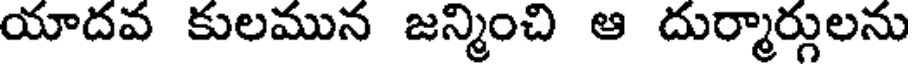
యాదవ కులమున జన్మించి ఆ దుర్మార్గులను